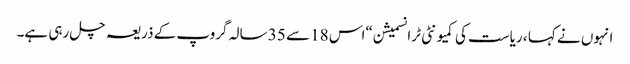
انہوں نے کہا ، ریاست کی کمیونٹی ٹرانسمیشن “اس 18 سے 35 سالہ گروپ کے ذریعہ چل رہی ہے۔